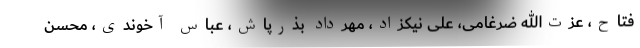
فتاح، عزت‌الله ضرغامی، علی نیکزاد، مهرداد بذرپاش، عباس آخوندی، محسن